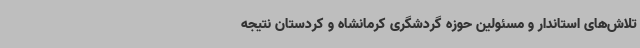
تلاش‌های استاندار و مسئولین حوزه گردشگری کرمانشاه و کردستان نتیجه